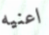
اعنيه